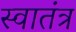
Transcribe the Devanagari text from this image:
स्‍वातंत्र